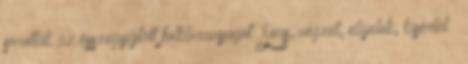
sorolták az összegyűjtött folklóranyagot: Sors, végzet, előjelek; kísértet –